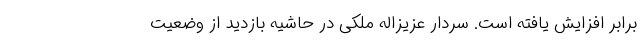
برابر افزایش یافته است. سردار عزیزاله ملکی در حاشیه بازدید از وضعیت